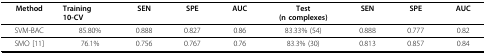
<table><thead><tr><td><b>Method</b></td><td><b>Training10-CV</b></td><td><b>SEN</b></td><td><b>SPE</b></td><td><b>AUC</b></td><td><b>Test(n complexes)</b></td><td><b>SEN</b></td><td><b>SPE</b></td><td><b>AUC</b></td></tr></thead><tbody><tr><td>SVM-BAC</td><td>85.80%</td><td>0.888</td><td>0.827</td><td>0.86</td><td>83.33% (54)</td><td>0.888</td><td>0.777</td><td>0.82</td></tr><tr><td>SMO [11]</td><td>76.1%</td><td>0.756</td><td>0.767</td><td>0.76</td><td>83.3% (30)</td><td>0.813</td><td>0.857</td><td>0.84</td></tr></tbody></table>